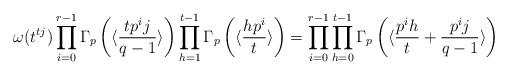
LaTeX: \begin{align*}\omega(t^{tj})\prod_{i=0}^{r-1}\Gamma_p\left(\langle \frac{tp^ij}{q-1}\rangle\right)\prod_{h=1}^{t-1}\Gamma_p\left(\langle\frac{hp^i}{t}\rangle\right)=\prod_{i=0}^{r-1}\prod_{h=0}^{t-1}\Gamma_p\left(\langle\frac{p^ih}{t}+\frac{p^ij}{q-1}\rangle\right)\end{align*}